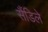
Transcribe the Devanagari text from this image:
सैंडिले